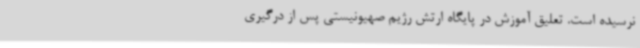
نرسیده است. تعلیق آموزش در پایگاه ارتش رژیم صهیونیستی پس از درگیری